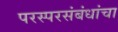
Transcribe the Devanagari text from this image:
परस्परसंबंधांचा